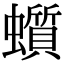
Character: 𧓳